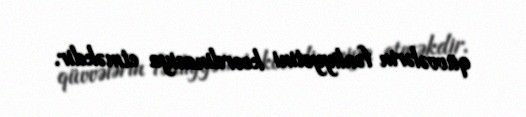
qüvvələrin fəaliyyətini koordinasiya etməkdir.